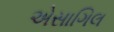
એસાગિલ